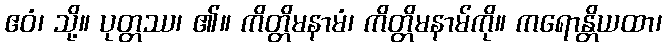
ဧဝံ၊ သို့။ ပုတ္တဿ၊ ၏။ ကိတ္တိမနာမံ၊ ကိတ္တိမနာမ်ကို။ ကရောန္တိယထာ၊